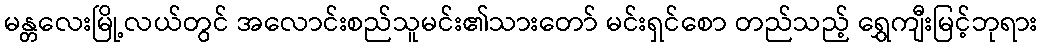
မန္တလေးမြို့လယ်တွင် အလောင်းစည်သူမင်း၏သားတော် မင်းရှင်စော တည်သည့် ရွှေကျီးမြင့်ဘုရား